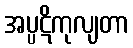
အပ္ပဋိကုလျတာ